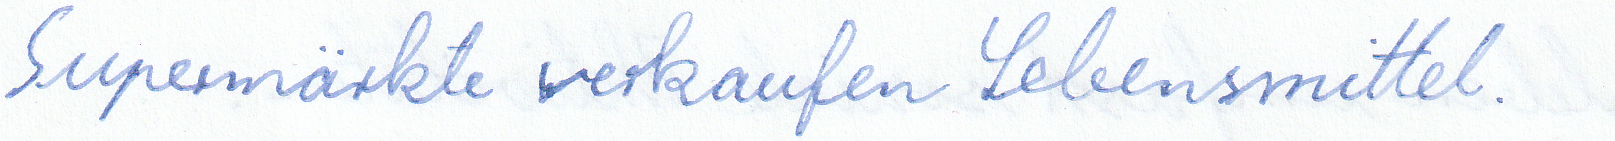
Supermärkte verkaufen Lebensmittel.